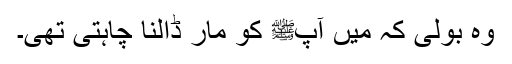
وہ بولی کہ میں آپﷺ کو مار ڈالنا چاہتی تھی۔